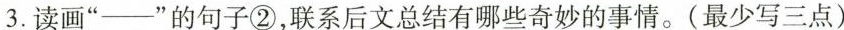
3.读画“___”的句子②，联系后文总结有哪些奇妙的事情。(最少写三点)